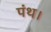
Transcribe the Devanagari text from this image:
पंथ।